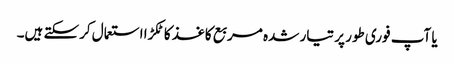
یا آپ فوری طور پر تیار شدہ مربع کاغذ کا ٹکڑا استعمال کرسکتے ہیں۔